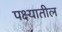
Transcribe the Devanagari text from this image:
पक्ष्यातील